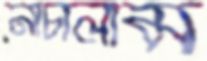
নাচালাম